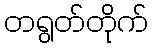
တရွတ်တိုက်